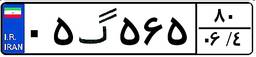
۰۵گ۵۶۵۸۰